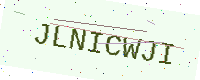
Text: JLNICWJI